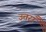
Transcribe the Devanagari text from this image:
उत्तराँ